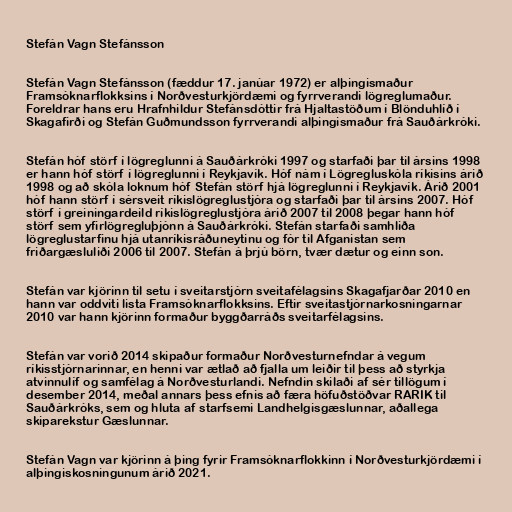
Stefán Vagn Stefánsson

Stefán Vagn Stefánsson (fæddur 17. janúar 1972) er alþingismaður
Framsóknarflokksins í Norðvesturkjördæmi og fyrrverandi lögreglumaður.
Foreldrar hans eru Hrafnhildur Stefánsdóttir frá Hjaltastöðum í Blönduhlíð í
Skagafirði og Stefán Guðmundsson fyrrverandi alþingismaður frá Sauðárkróki.

Stefán hóf störf í lögreglunni á Sauðárkróki 1997 og starfaði þar til ársins 1998
er hann hóf störf í lögreglunni í Reykjavík. Hóf nám í Lögregluskóla ríkisins árið
1998 og að skóla loknum hóf Stefán störf hjá lögreglunni í Reykjavík. Árið 2001
hóf hann störf í sérsveit ríkislögreglustjóra og starfaði þar til ársins 2007. Hóf
störf í greiningardeild ríkislögreglustjóra árið 2007 til 2008 þegar hann hóf
störf sem yfirlögregluþjónn á Sauðárkróki. Stefán starfaði samhliða
lögreglustarfinu hjá utanríkisráðuneytinu og fór til Afganistan sem
friðargæsluliði 2006 til 2007. Stefán á þrjú börn, tvær dætur og einn son.

Stefán var kjörinn til setu í sveitarstjórn sveitafélagsins Skagafjarðar 2010 en
hann var oddviti lista Framsóknarflokksins. Eftir sveitastjórnarkosningarnar
2010 var hann kjörinn formaður byggðarráðs sveitarfélagsins.

Stefán var vorið 2014 skipaður formaður Norðvesturnefndar á vegum
ríkisstjórnarinnar, en henni var ætlað að fjalla um leiðir til þess að styrkja
atvinnulíf og samfélag á Norðvesturlandi. Nefndin skilaði af sér tillögum í
desember 2014, meðal annars þess efnis að færa höfuðstöðvar RARIK til
Sauðárkróks, sem og hluta af starfsemi Landhelgisgæslunnar, aðallega
skiparekstur Gæslunnar.

Stefán Vagn var kjörinn á þing fyrir Framsóknarflokkinn í Norðvesturkjördæmi í
alþingiskosningunum árið 2021.